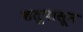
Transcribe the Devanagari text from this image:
ऋतूपासून